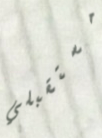
مستقبلي